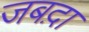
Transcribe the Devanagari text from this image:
जबद़ा